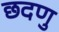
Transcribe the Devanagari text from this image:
छदणु